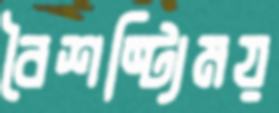
বৈশষ্ট্যিময়